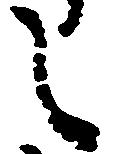
し